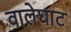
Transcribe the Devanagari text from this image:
वालेघाट